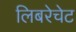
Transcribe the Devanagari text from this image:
लिबरेचेट